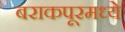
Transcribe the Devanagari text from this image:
बराकपूरमध्ये